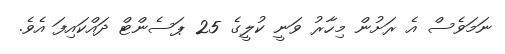
ނަމަވެސް އެ ރަށުން މިހާރު ވަނީ ކުލީގެ 25 ޕަސެންޓް ދައްކައިފަ އެވެ.